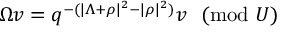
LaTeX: \Omega v = q ^ { - ( | \Lambda + \rho | ^ { 2 } - | \rho | ^ { 2 } ) } v ~ ~ ( \mathrm { m o d } ~ U )